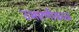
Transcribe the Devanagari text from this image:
उभारणीकाळ